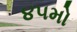
૪૫મો